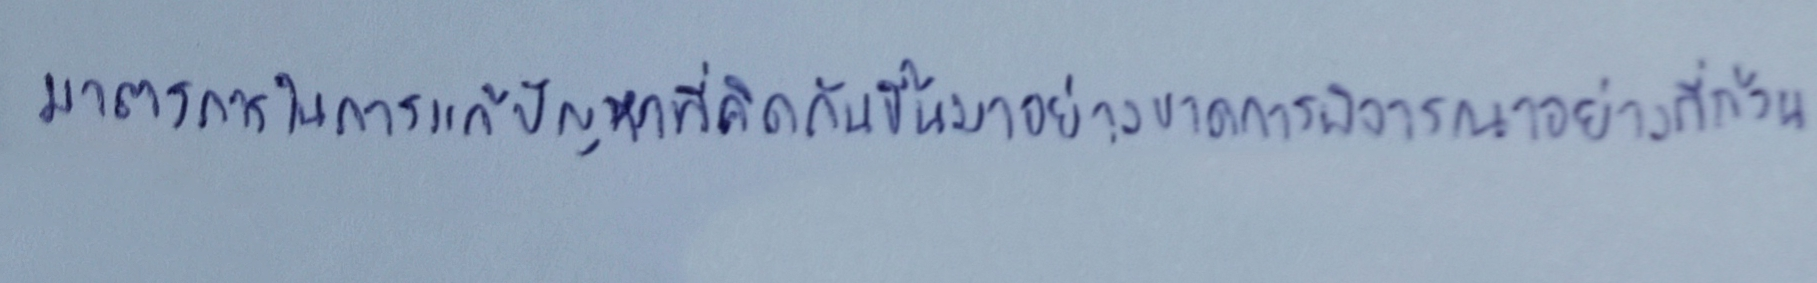
มาตรการในการแก้ปัญหาที่คิดกันขึ้นมาอย่างขาดการพิจารณาอย่างถี่ถ้วน